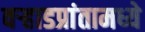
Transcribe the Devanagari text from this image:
वर्‍हाडप्रांतामध्ये